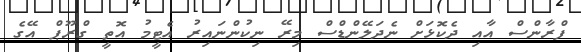
ފްރާންސް އާއި ދެކޮޅަށް ނެދަލޭންޑްސް މިރޭ ނިކުންނައިރު އެޓީމު އޮތީ ގްރޫޕް އޭގެ